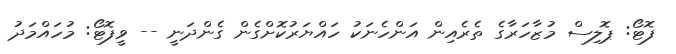
ފޮޓޯ: ޕޮލިސް މުޒާހަރާގެ ތެރެއިން އަންހެނަކު ހައްޔަރުކޮށްގެން ގެންދަނީ -- ވީފޮޓޯ: މުހައްމަދު